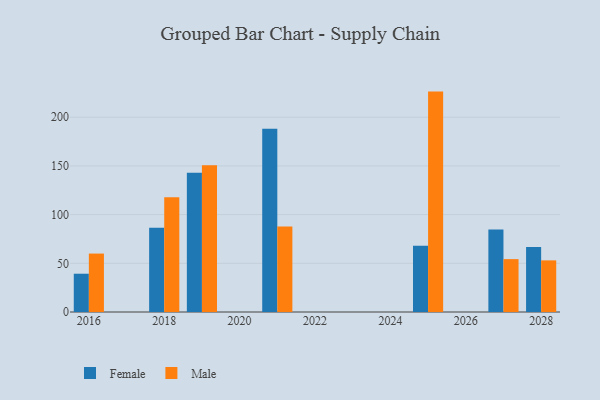
{"axis": {"x": "Year", "y": "Temperature (°C)"}, "legend": ["Female", "Male"], "data": [{"x": "2027", "y": 84.7, "type": "Female"}, {"x": "2027", "y": 54.3, "type": "Male"}, {"x": "2018", "y": 86.4, "type": "Female"}, {"x": "2018", "y": 117.7, "type": "Male"}, {"x": "2016", "y": 39.3, "type": "Female"}, {"x": "2016", "y": 60.0, "type": "Male"}, {"x": "2028", "y": 66.8, "type": "Female"}, {"x": "2028", "y": 53.0, "type": "Male"}, {"x": "2019", "y": 143.0, "type": "Female"}, {"x": "2019", "y": 150.8, "type": "Male"}, {"x": "2025", "y": 68.1, "type": "Female"}, {"x": "2025", "y": 226.3, "type": "Male"}, {"x": "2021", "y": 188.1, "type": "Female"}, {"x": "2021", "y": 87.7, "type": "Male"}]}